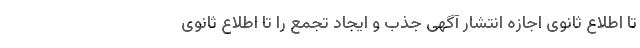
تا اطلاع ثانوی اجازه انتشار آگهی جذب و ایجاد تجمع را تا اطلاع ثانوی